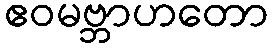
ဧဝမဗ္ဘာဟတော